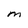
Character: M